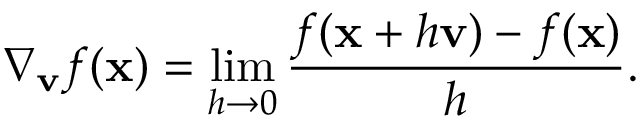
\nabla _ { \mathbf { v } } { f } ( \mathbf { x } ) = \operatorname* { l i m } _ { h \rightarrow 0 } { \frac { f ( \mathbf { x } + h \mathbf { v } ) - f ( \mathbf { x } ) } { h } } .